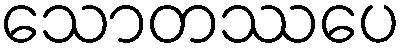
သောတဿပေ